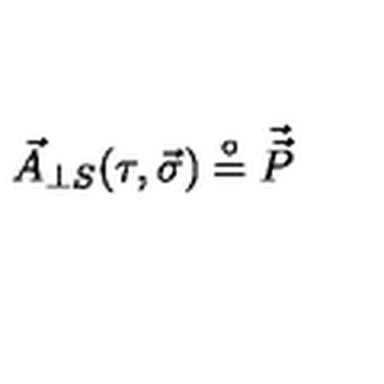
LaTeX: \vec { A } _ { \perp S } ( \tau , \vec { \sigma } ) \stackrel { \circ } { = } { \vec { \vec { P } } }